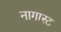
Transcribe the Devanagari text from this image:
नागास्ट